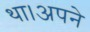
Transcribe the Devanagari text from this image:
था।अपने